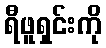
ရီဖူရှင်းကို